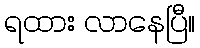
ရထား လာနေပြီ။